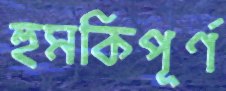
হুমকিপূর্ণ